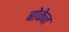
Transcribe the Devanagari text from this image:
बोकेज